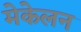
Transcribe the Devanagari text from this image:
मेकेलन